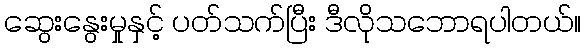
ဆွေးနွေးမှုနှင့် ပတ်သက်ပြီး ဒီလိုသဘောရပါတယ်။